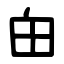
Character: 甶